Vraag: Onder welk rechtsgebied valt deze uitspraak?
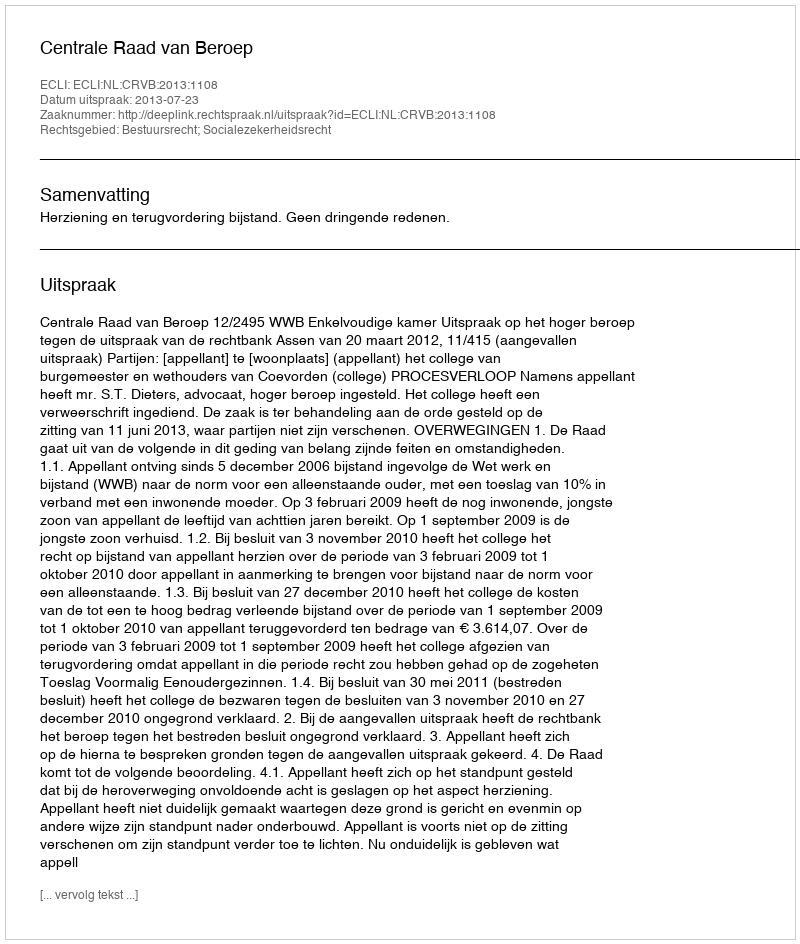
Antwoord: Bestuursrecht; Socialezekerheidsrecht